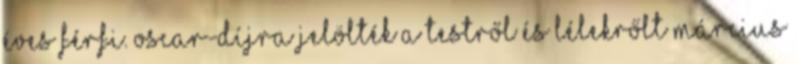
éves férfi. Oscar-díjra jelölték a Testről és Lélekrőlt Március